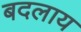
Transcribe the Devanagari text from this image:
बदलाय